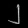
Digit: ၂